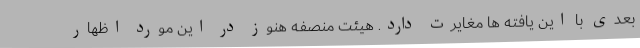
بعدی با این یافته ها مغایرت دارد. هیئت منصفه هنوز در این مورد اظهار